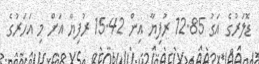
ޑޮލަރުގެ އަގު 12.85 ރުފިޔާ އިން 15.42 ރުފިޔާ އަށް މި އަހަރުގެ